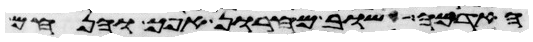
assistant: האדמה שוב מחרון אפך והנחם